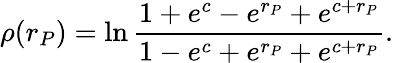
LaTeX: \rho(r_{P})=\ln\frac{1+e^{c}-e^{r_{P}}+e^{c+r_{P}}}{1-e^{c}+e^{r_{P}}+e^{c+r_{P}}}.